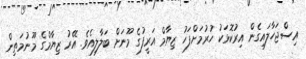
އިސްޖަހާލައިގެން އިރުކޮޅަކު ހުރުމަށްފަހު ޒިޔާމް އަރީފުގެ މޫނަށް ބަލާލިއެވެ. އޭރު ޒިޔާމްގެ މޫނުމަތިން